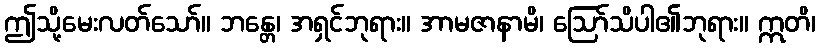
ဤသို့မေးလတ်သော်။ ဘန္တေ၊ အရှင်ဘုရား။ အာမဇာနာမိ၊ ဩော်သိပါ၏ဘုရား။ ဣတိ၊